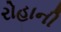
રોહાની